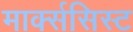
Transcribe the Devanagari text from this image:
मार्क्‍ससिस्‍ट